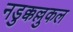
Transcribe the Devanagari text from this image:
नडुक्कल्लुकल